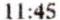
11:45